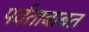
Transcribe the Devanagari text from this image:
पर्वताबाबत